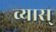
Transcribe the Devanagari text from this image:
व्यास्